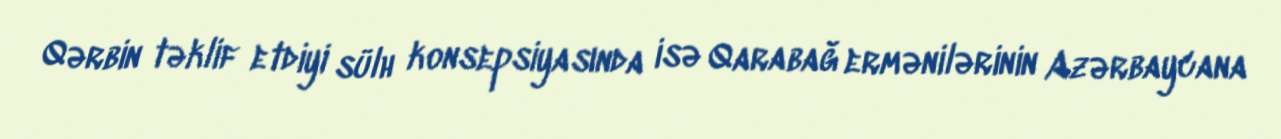
Qərbin təklif etdiyi sülh konsepsiyasında isə Qarabağ ermənilərinin Azərbaycana